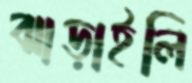
ঝাড়াইলি